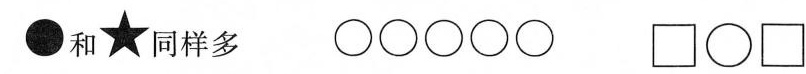
和同样多 \Box \circ \Box